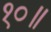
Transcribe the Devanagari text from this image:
१०॥